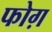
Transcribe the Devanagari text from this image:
फोग़